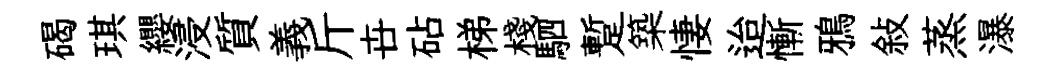
碣琪纓浸質義斤卋砧梯棧駟蹔築悽迨慚鴉敍蒸瀑